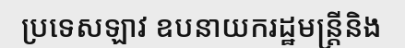
ប្រទេសឡាវ ឧបនាយករដ្ឋមន្ត្រីនិង